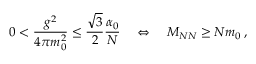
0 < \frac { g ^ { 2 } } { 4 \pi m _ { 0 } ^ { 2 } } \leq \frac { \sqrt { 3 } } { 2 } \frac { \alpha _ { 0 } } { N } \quad \Leftrightarrow \quad M _ { N N } \geq N m _ { 0 } \, ,